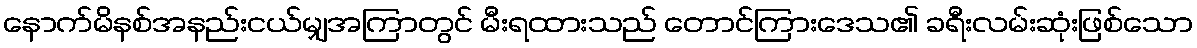
နောက်မိနစ်အနည်းငယ်မျှအကြာတွင် မီးရထားသည် တောင်ကြားဒေသ၏ ခရီးလမ်းဆုံးဖြစ်သော